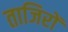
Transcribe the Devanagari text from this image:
ताजिरों